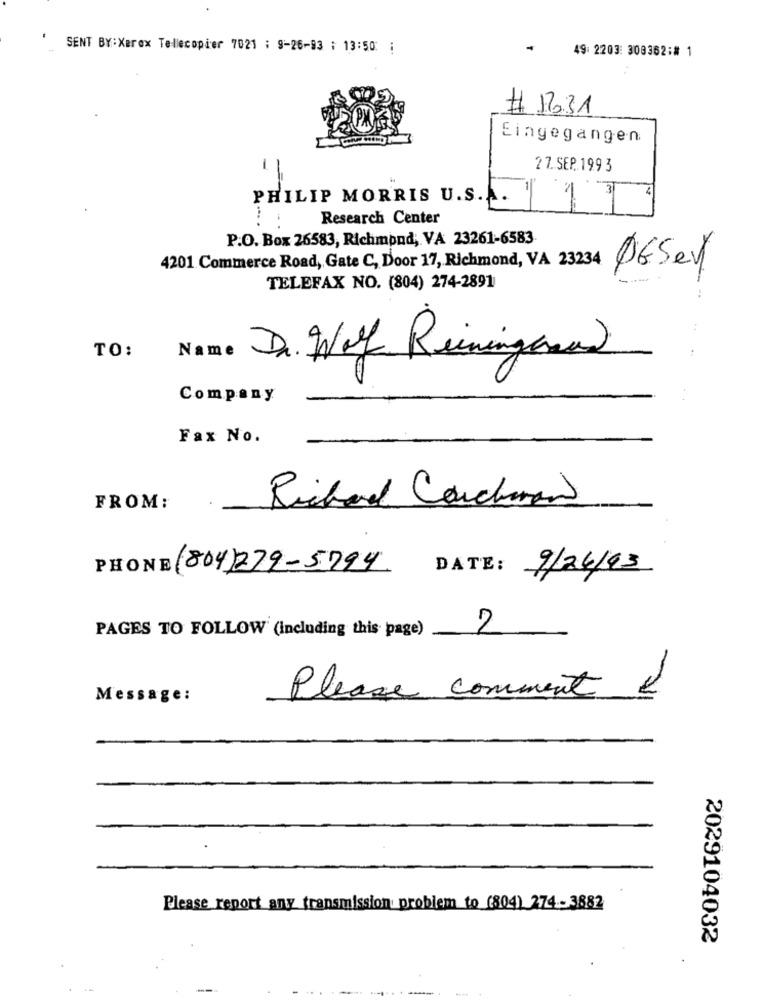
SENT BY:Xerox Tellecopier 7021 ; 9-26-93 : 13:50 ;
49: 2203: 303362:# 1
# 17.31
Eingegangen
-
2 Z.SEP.199 3
PHILIP MORRIS U.S.
4
Research Center
P.O. Box 26583, Richmond, VA 23261-6583
4201 Commerce Road, Gate C, Door 17, Richmond, VA 23234
06Serf
TELEFAX NO. (804) 274-2891
TO:
Name
Dr. Wel Ruiningcom
Company
Fax No.
FROM:
Richard Cauchemar
PHONE (804)279-5794 DATE: 9/24/93
PAGES TO FOLLOW (Including this page)
Message:
Please comment
Please report any transmission problem to (804) 274 -3882
2029104032
-